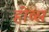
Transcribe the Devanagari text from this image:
हीव्स